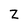
Character: Z